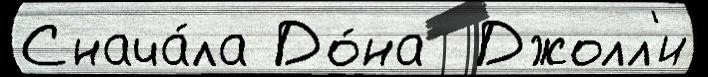
Снача́ла До́на  Джолл'и